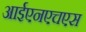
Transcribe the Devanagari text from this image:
आईएनएचएस